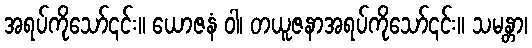
အရပ်ကိုသော်၎င်း။ ယောဇနံ ဝါ၊ တယူဇနာအရပ်ကိုသော်၎င်း။ သမန္တာ၊